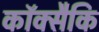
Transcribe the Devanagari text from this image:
कॉक्सैकि